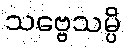
သဗ္ဗေသမ္ပိ